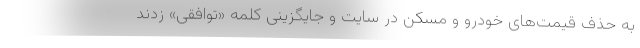
به حذف قیمت‌های خودرو و مسکن در سایت و جایگزینی کلمه «توافقی» زدند